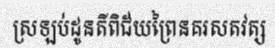
ស្រឡប់ដូនតីពិជ័យព្រៃនគរសតវត្ស